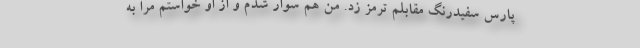
پارس سفیدرنگ مقابلم ترمز زد. من هم سوار شدم و از او خواستم مرا به